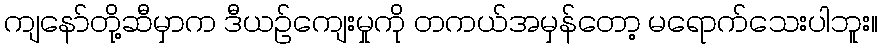
ကျနော်တို့ဆီမှာက ဒီယဉ်ကျေးမှုကို တကယ်အမှန်တော့ မရောက်သေးပါဘူး။